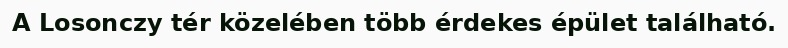
A Losonczy tér közelében több érdekes épület található.